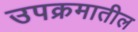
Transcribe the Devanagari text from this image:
उपक्रमातील